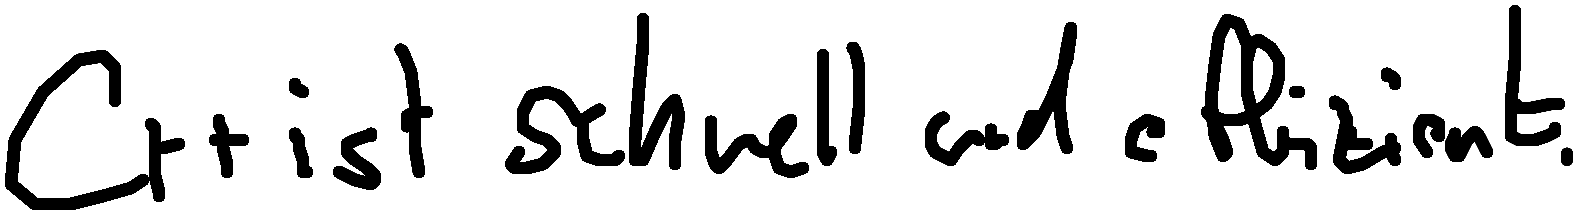
C++ ist schnell und effizient.